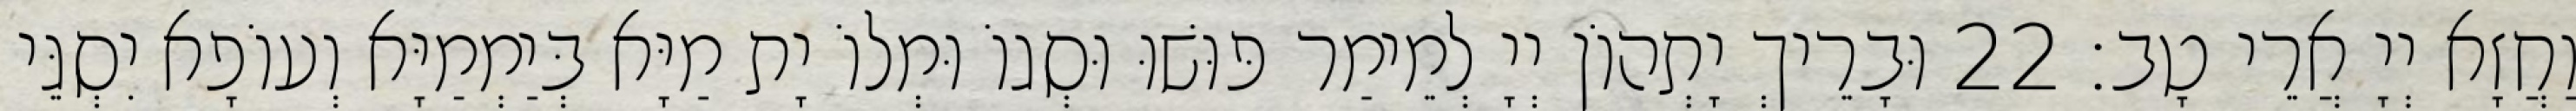
וַחֲזָא יְיָ אֲרֵי טָב׃ 22 וּבָרֵיךְ יָתְהוֹן יְיָ לְמֵימַר פּוּשׁוּ וּסְגוֹ וּמְלוֹ יָת מַיָּא בְּיַמְמַיָּא וְעוֹפָא יִסְגֵּי